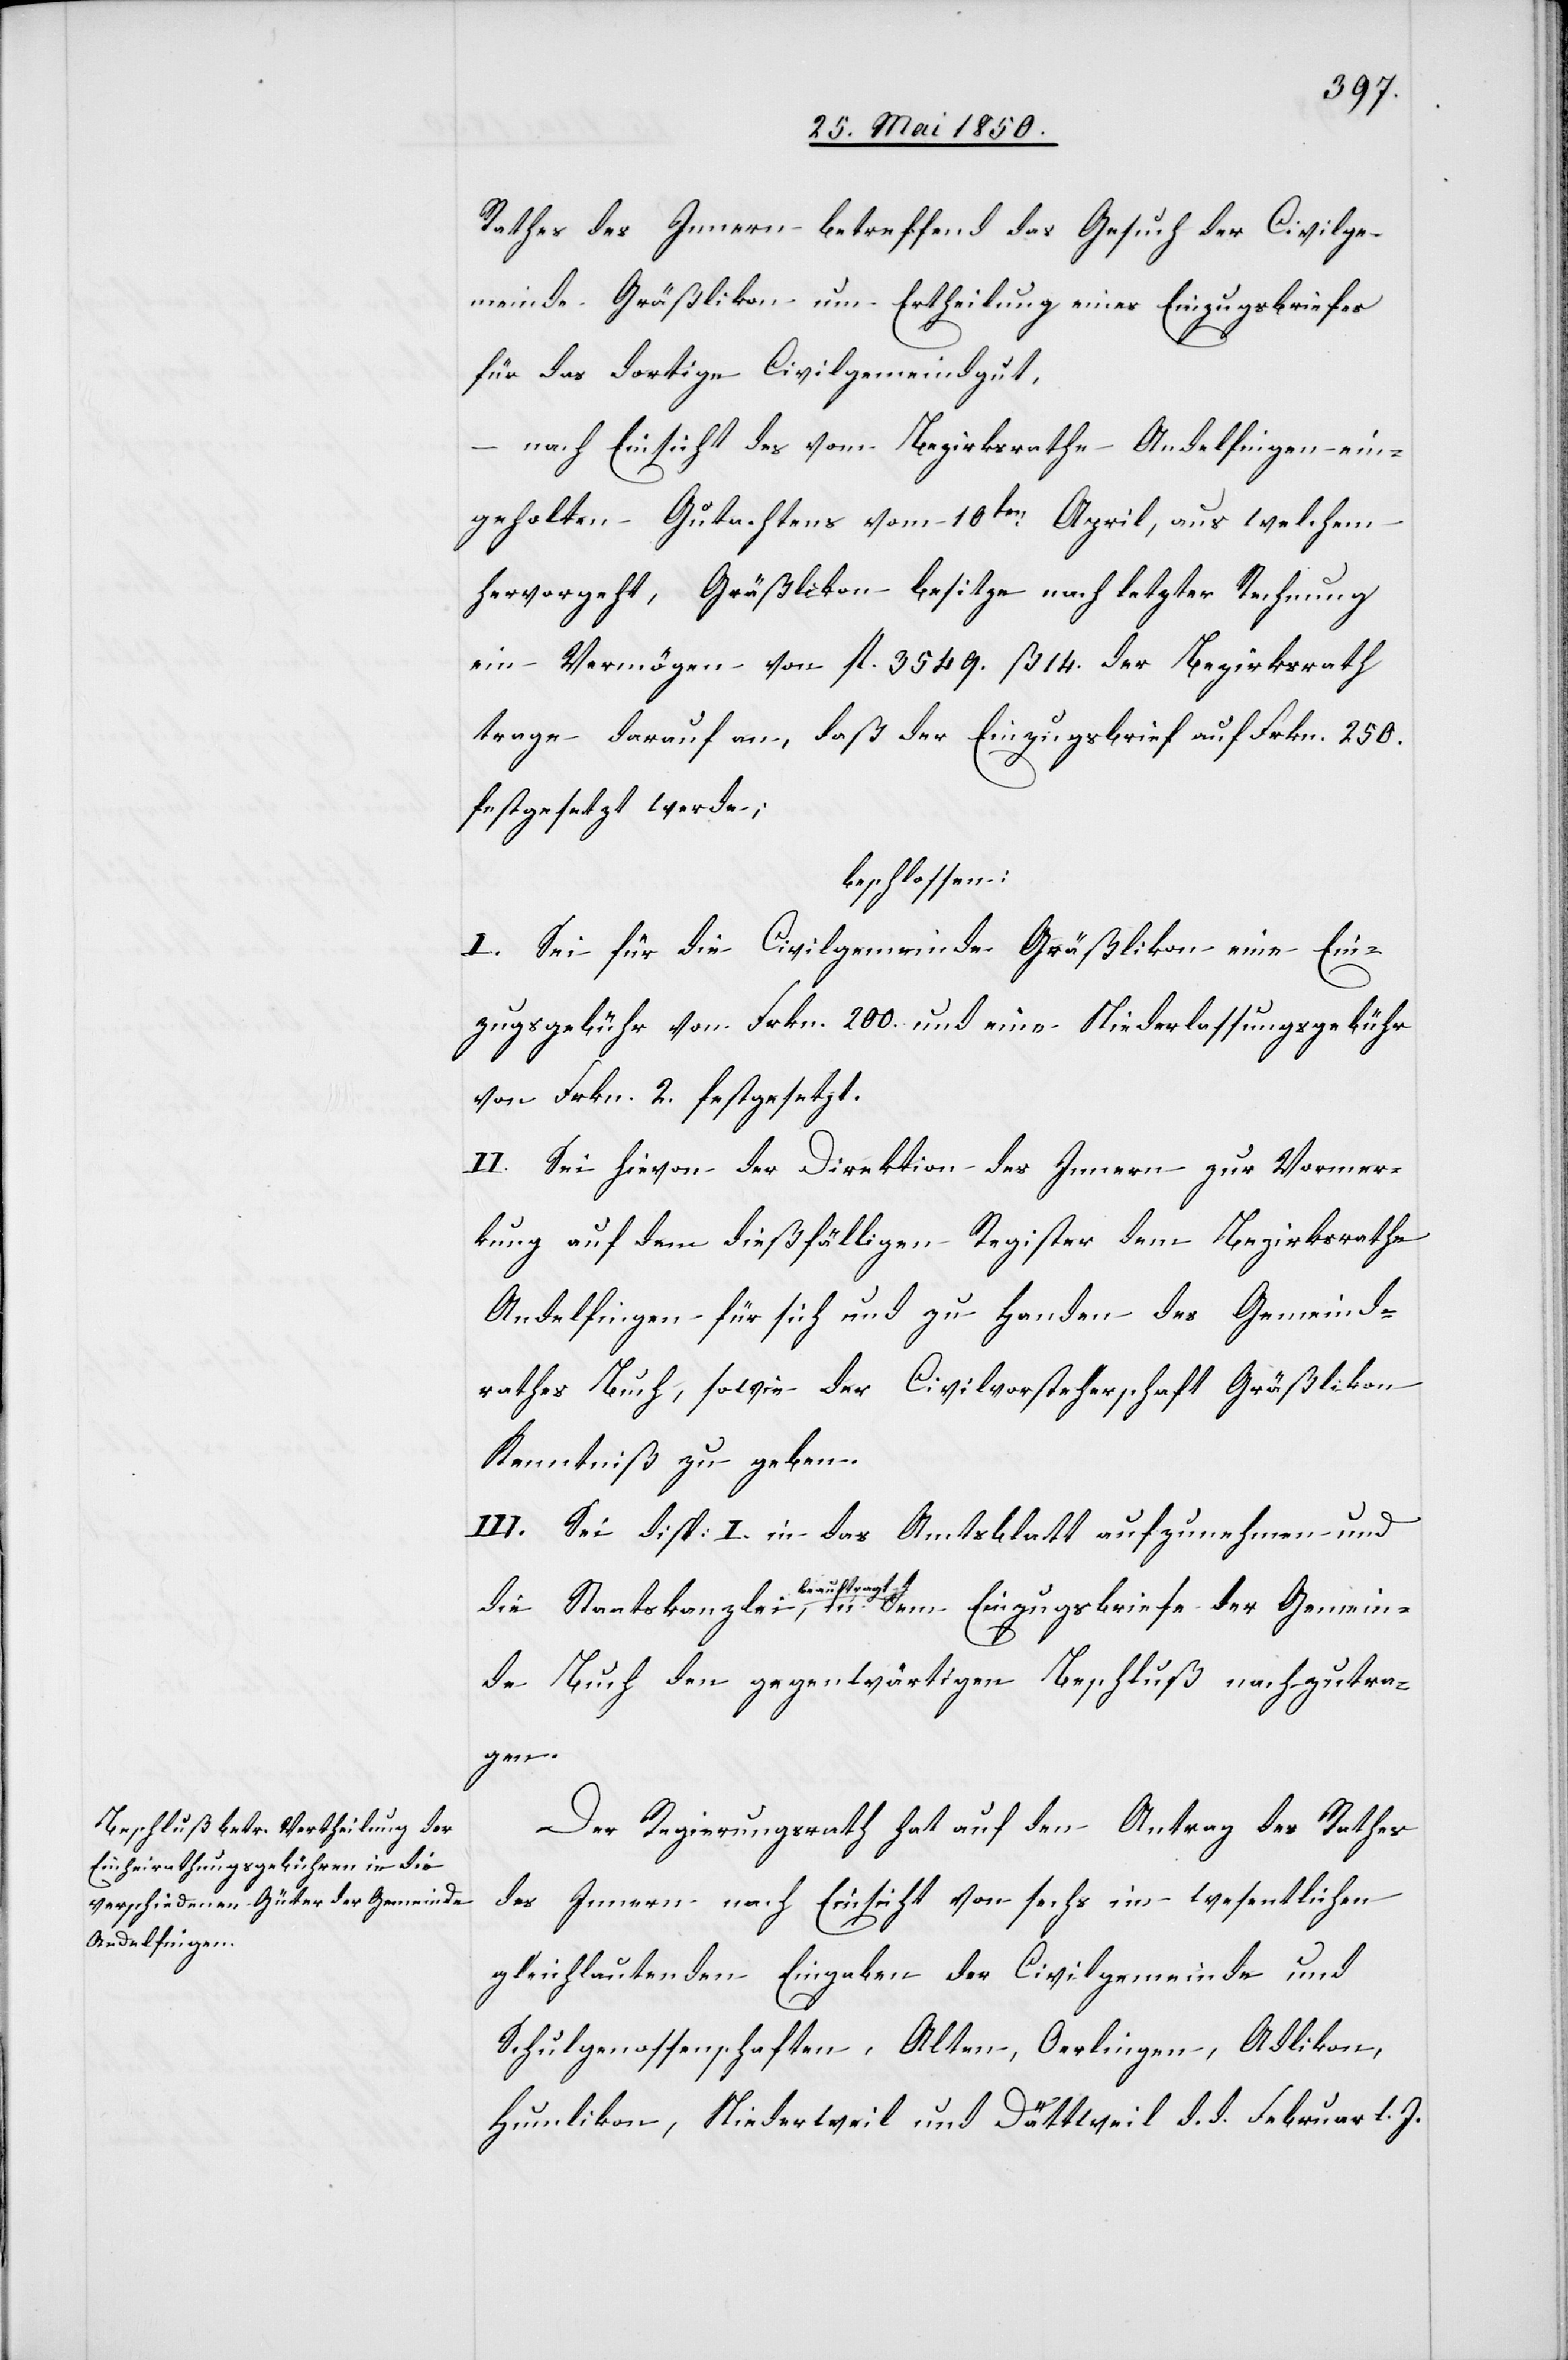
Rathes des Innern betreffend das Gesuch der Civilge¬
meinde Gräßlikon um Ertheilung eines Einzugsbriefes
für das dortige Civilgemeindgut,
nach Einsicht des vom Bezirksrathe Andelfingen ein¬
Gemein¬
geholten Gutachtens vom 10ten April, aus welchem
hervorgeht, Gräßlikon besitze nach letzter Rechnung
ein Vermögen von fl. 3549. ß 14. der Bezirksrath
trage darauf an, daß der Einzugsbrief auf Frkn. 250.
festgesetzt werde;
beschlossen:
I. Sei für die Civilgemeinde Gräßlikon eine Ein¬
zugsgebühr von Frkn. 200. und eine Niederlassungsgebühr
von Frkn. 2. festgesetzt.
II. Sei hievon der Direktion des Innern zur Vormer¬
kung auf dem dießfälligen Register dem Bezirksrathe
Andelfingen für sich und zu Handen des Gemeind¬
rathes Buch, sowie der Civilvorsteherschaft Gräßlikon
Kenntniß zu geben.
III. Sei disp: I. in das Amtsblatt aufzunehmen und
beauftragt, in
de Buch den gegenwärtigen Beschluß nachzutra¬
gen.
Der Regierungsrath hat auf den Antrag des Rathes
des Innern nach Einsicht von sechs im wesentlichen
gleichlautenden Eingaben der Civilgemeinde und
Schulgenossenschaften, Alten, Oerlingen, Adlikon,
Humlikon, Niederweil und Dättweil d. d. Februar l. J.